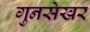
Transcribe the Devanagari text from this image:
गुनसेखर